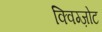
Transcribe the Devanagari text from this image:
क्विग्ज़ोट